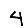
Digit: 4